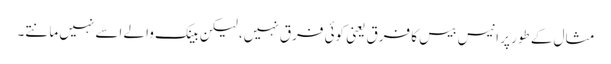
مثال کے طور پر انیس بیس کا فرق یعنی کوئی فرق نہیں، لیکن بینک والے اسے نہیں مانتے۔